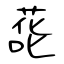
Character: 蒊